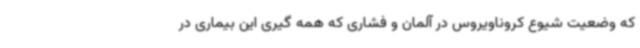
که وضعیت شیوع کروناویروس در آلمان و فشاری که همه گیری این بیماری در